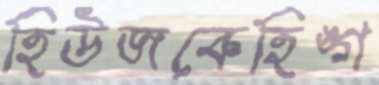
হিউজকেহিঙ্গ